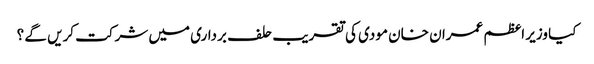
کیا وزیر اعظم عمران خان مودی کی تقریب حلف برداری میں شرکت کریں گے ؟